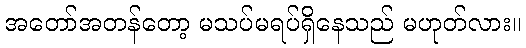
အတော်အတန်တော့ မသပ်မရပ်ရှိနေသည် မဟုတ်လား။